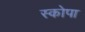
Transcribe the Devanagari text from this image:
स्कोपा